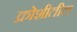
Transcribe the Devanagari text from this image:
क्रोशीतील